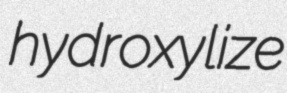
hydroxylize